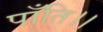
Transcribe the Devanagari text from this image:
पाँति।।